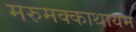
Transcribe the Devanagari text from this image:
मरुमक्काथायम